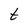
Character: t